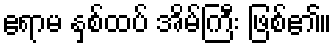
ဧရာမ နှစ်ထပ် အိမ်ကြီး ဖြစ်၏။